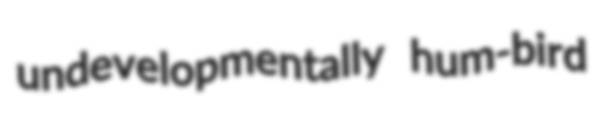
undevelopmentally hum-bird